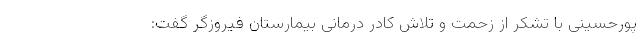
پورحسینی با تشکر از زحمت و تلاش کادر درمانی بیمارستان فیروزگر گفت: